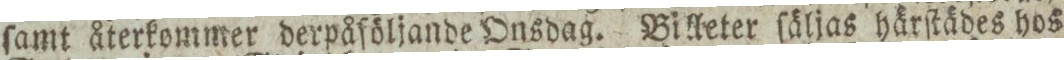
ſamt återkommer derpåſöljande Onsdag. Billeter ſäljas härſtädes hos